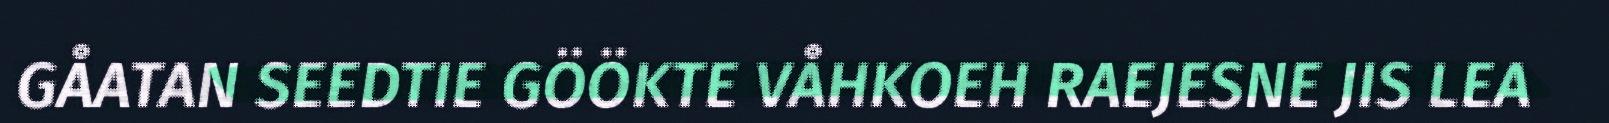
GÅATAN SEEDTIE GÖÖKTE VÅHKOEH RAEJESNE JIS LEA